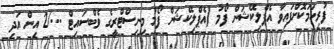
ފުރިހަމަކޮށްފައިވާ އެޕްލިކޭޝަން ފޯމު (އެޕްލިކޭޝަން ފޯމު މިނިސްޓްރީގެ ވެބްސައިޓް .../2 އިން އަދި